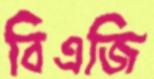
বিএজি